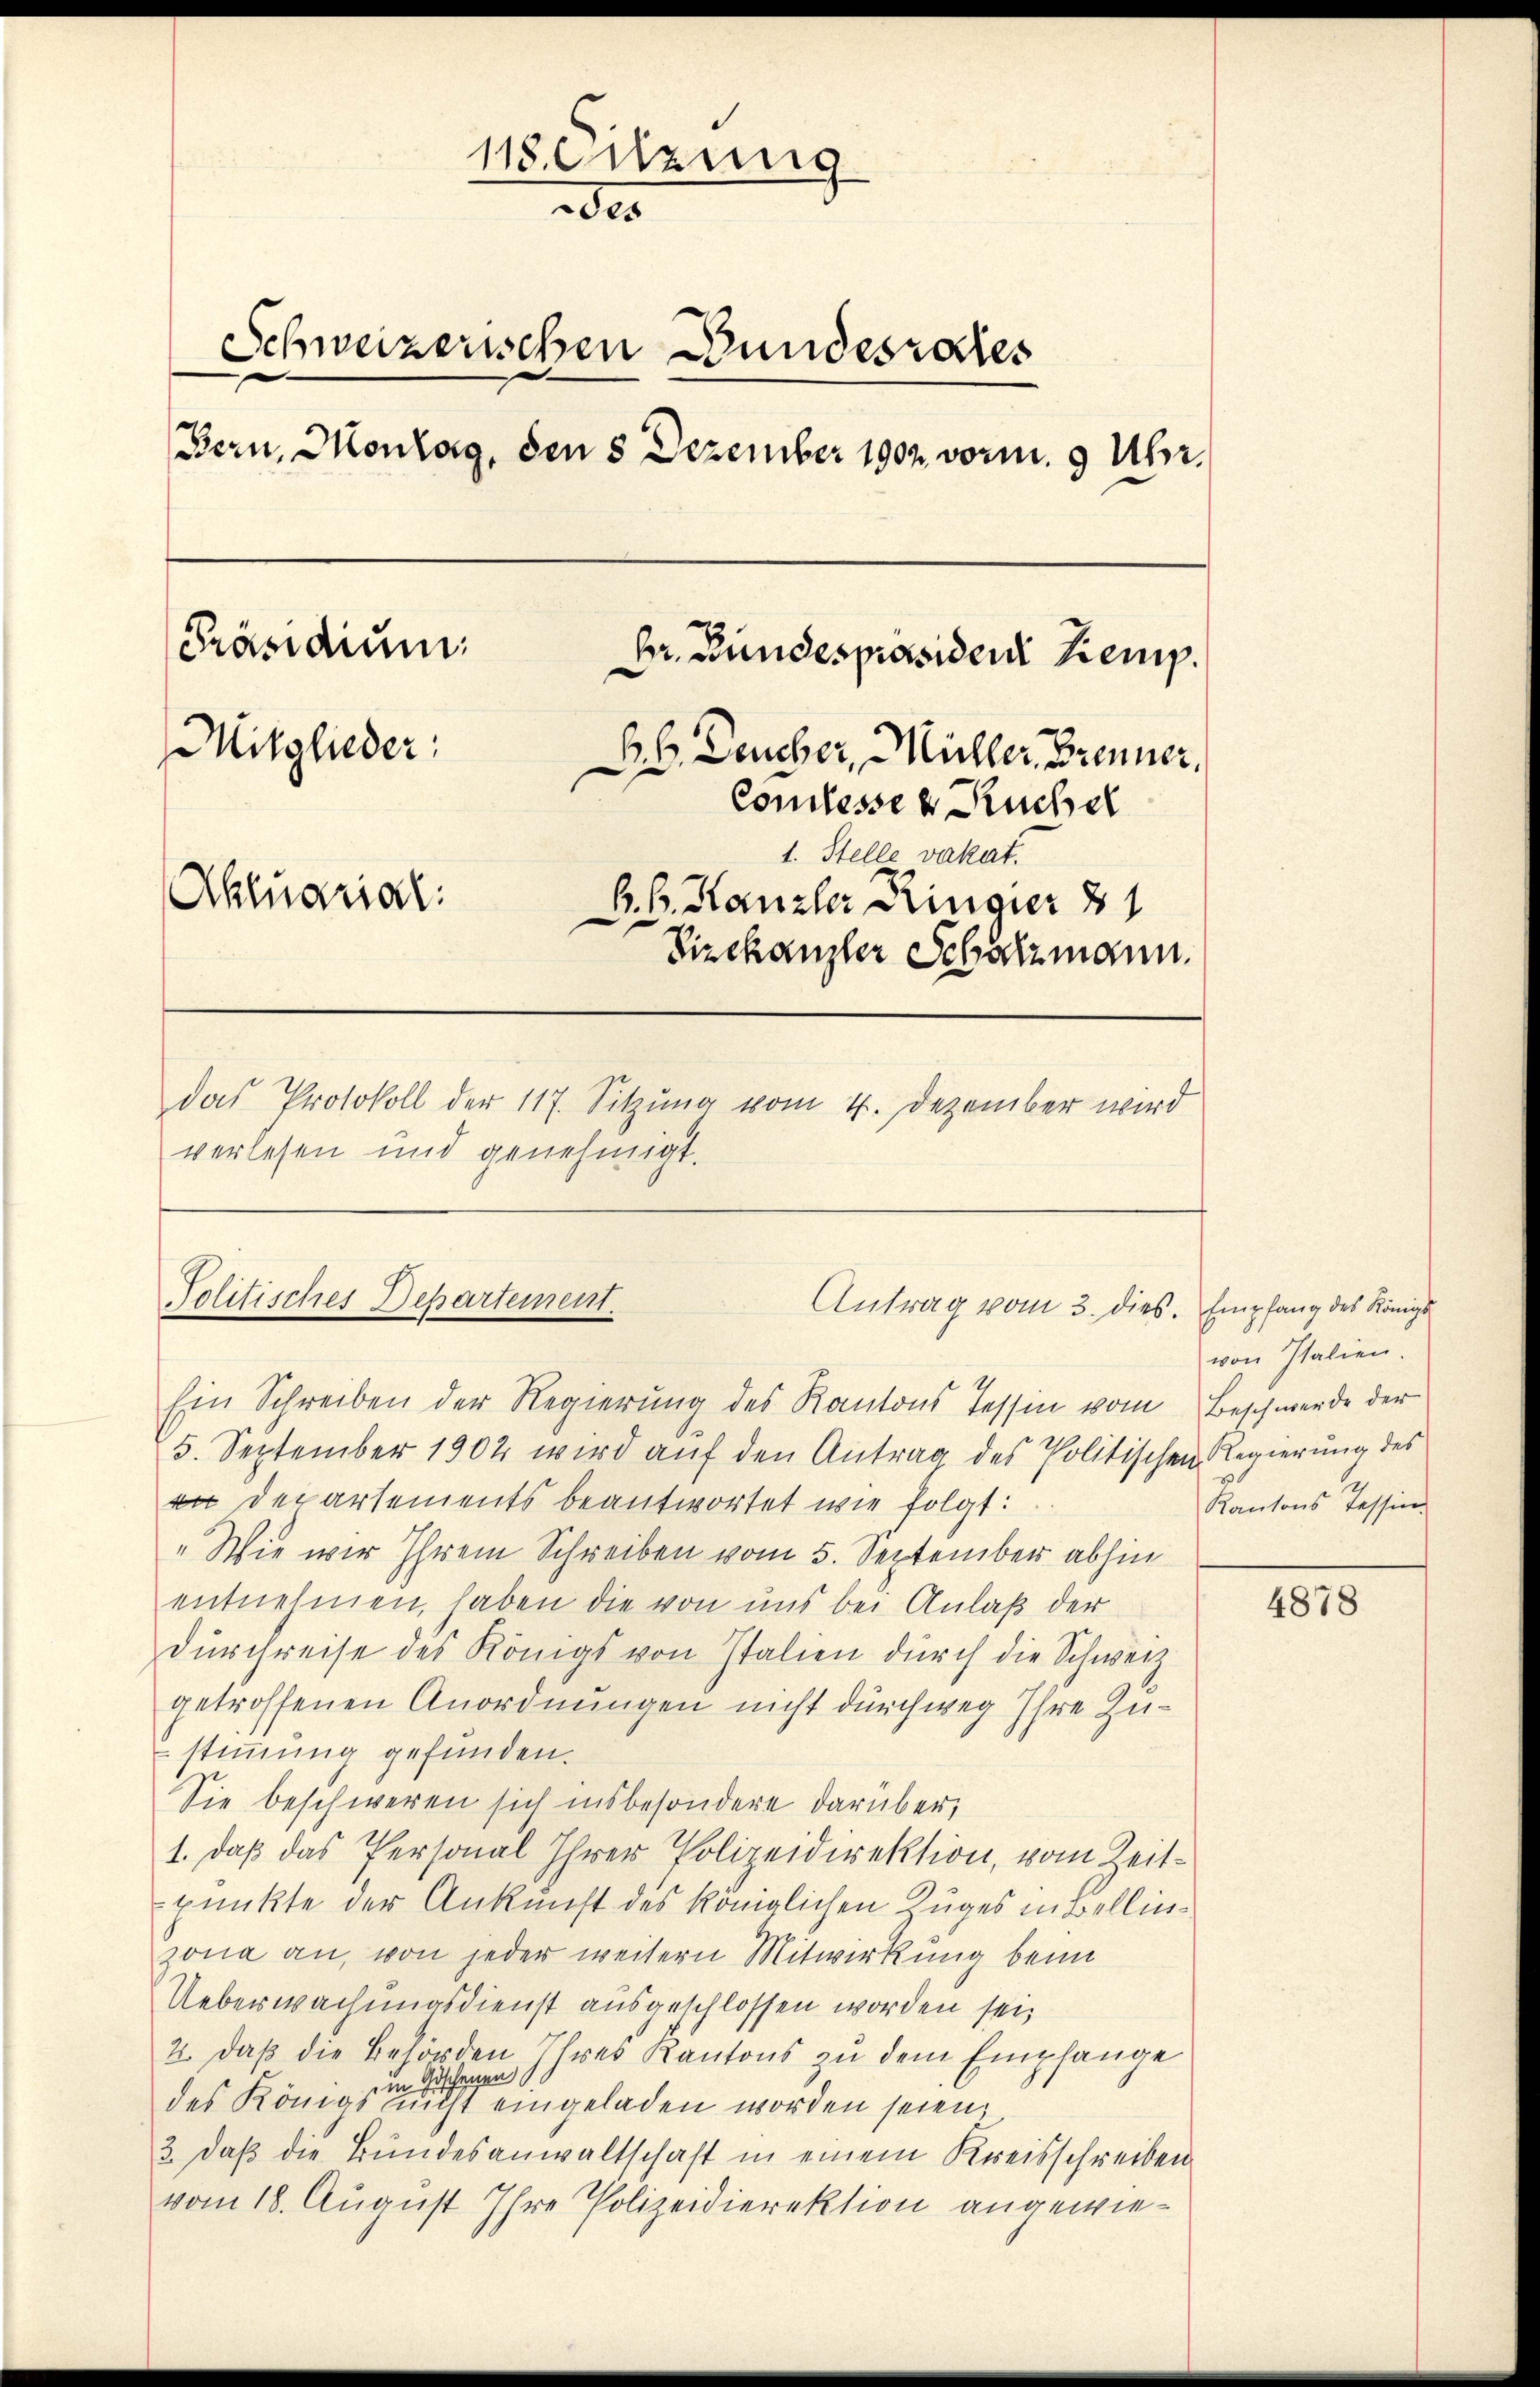
118. Sitzung
der
Schweizerischen Bundesrates
Bern, Montag, den 8 Dezember 1902. vorm. 9 Uhr.
Prändium.
br. Bundespräsiden Kemp
Mitglieder:
Bb. Deucher, Müller, Brenner,
Comtesses Ruchel
1. Stelle vakat.
Aktuarial:
B. b. Kanzler Ringier 7 1
Vizekanzler Schatzmann.
das Protokoll der 117. Sitzung vom 4. Dezember wird
verlesen und genehmigt.

Politisches Departement.
Antrag vom 3. dies. Empfang des Königl
Ein Schreiben der Regierung des Kantons Tessin vom Beschwerde der

5. September 1902 wird auf den Antrag des Politischen Regierung des
 Departements beantwortet wie folgt:
„Wie wir Ihrem Schreiben vom 5. September abhin
entnehmen, haben die von uns bei Anlaß der
durchreise des Königs von Italien durch die Schweiz
getroffenen Anordnungen nicht durchweg Ihre Zustimmung gefunden.
Sie beschweren sich insbesondere darüber,
1. daß das Personal Ihrer Polizeidirektion, vom Zeitpunkte der Ankunft des königlichen Zuges in Bellinzona an, von jeder weitern Mitwirkung beim
Ueberwachungsdienst ausgeschlossen worden sei,
2. daβ die Behörden Ihres Kantons zŭ dem Empfange
im Geschenen
des Königs nicht eingeladen worden seien,
3. daß die Bundesanwaltschaft in einem Kreisschreiben
vom 18. August Ihre Polizeidierektion angewie¬

von Italien.
3
Kantons Tessin.

4878